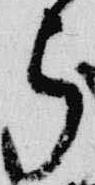
弓